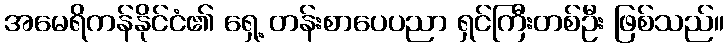
အမေရိကန်နိုင်ငံ၏ ရှေ့ တန်းစာပေပညာ ရှင်ကြီးတစ်ဦး ဖြစ်သည်။